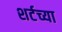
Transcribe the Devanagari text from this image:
शर्टच्या